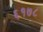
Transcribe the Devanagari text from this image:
६१७८